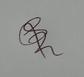
Signature authenticity: genuine